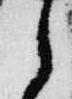
之